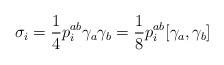
LaTeX: \begin{align*}\sigma_i = \frac14 p_i^{ab}\gamma_a\gamma_b = \frac18 p_i^{ab}[\gamma_a,\gamma_b]\end{align*}